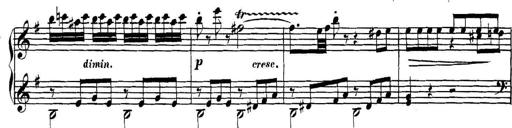
Title: Collected Piano Sonatas
Composer: Muzio Clementi